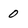
Character: 0